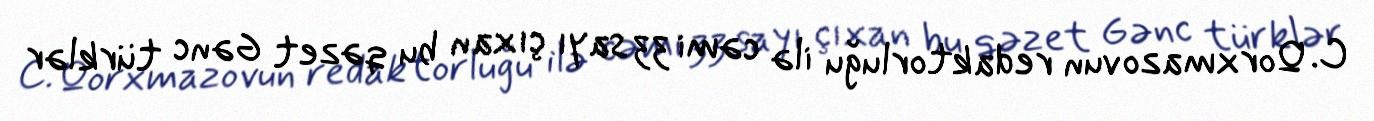
C. Qorxmazovun redaktorluğu ilə cəmi 33 sayı çıxan bu qəzet Gənc türklər